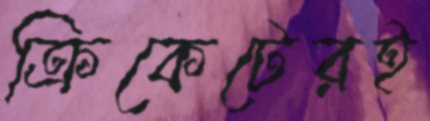
ক্রিকেটেরই